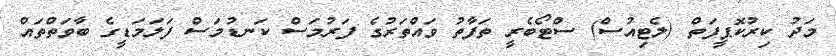
މަދު ކިރުކޮޕީފަތް (ލެޓިއުސް) ސްޓޯބެރީ ތަފާތު ވައްތަރުގެ ފަރުމަސް ކަނޑުމަސް ފަލަމަޑީގެ ބާވަތްތައް